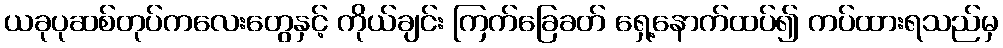
ယခုပုဆစ်တုပ်ကလေးတွေနှင့် ကိုယ်ချင်း ကြက်ခြေခတ် ရှေ့နောက်ထပ်၍ ကပ်ထားရသည်မှ